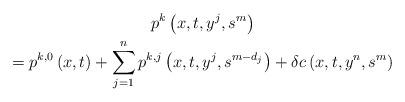
LaTeX: \begin{gather*}p^{k}\left( x,t,y^{j},s^{m}\right) \\=p^{k,0}\left( x,t\right) +\sum_{j=1}^{n}p^{k,j}\left(x,t,y^{j},s^{m-d_{j}}\right) +\delta c\left( x,t,y^{n},s^{m}\right) \end{gather*}